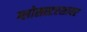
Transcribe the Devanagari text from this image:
ग्लोसस्टरशायर